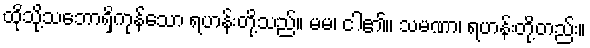
ထိုသို့သဘောရှိကုန်သော ရဟန်းတို့သည်။ မမ၊ ငါ၏။ သမဏာ၊ ရဟန်းတို့တည်း။